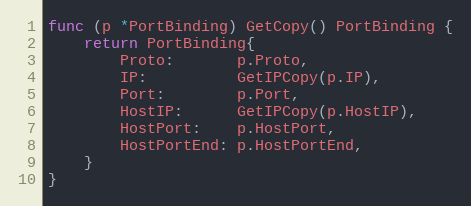
Language: Go
func (p *PortBinding) GetCopy() PortBinding {
	return PortBinding{
		Proto:       p.Proto,
		IP:          GetIPCopy(p.IP),
		Port:        p.Port,
		HostIP:      GetIPCopy(p.HostIP),
		HostPort:    p.HostPort,
		HostPortEnd: p.HostPortEnd,
	}
}